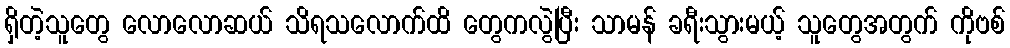
ရှိတဲ့သူတွေ လောလောဆယ် သိရသလောက်ထိ တွေကလွဲပြီး သာမန် ခရီးသွားမယ့် သူတွေအတွက် ကိုဗစ်